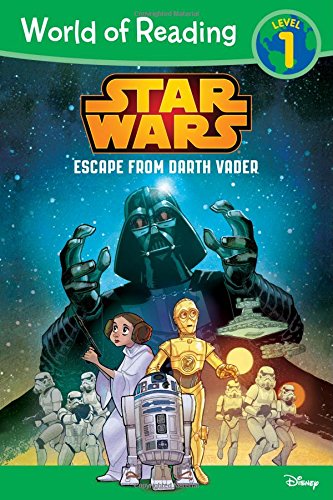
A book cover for World of Reading Star Wars Escape from Darth Vader: Level 1; Michael Siglain; Children's Books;